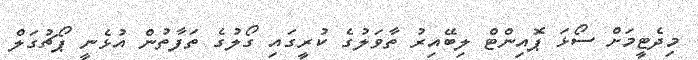
މިދެޓީމަށް ސޯޅަ ޕޮއިންޓް ލިބޭއިރު ތާވަލުގެ ކުރީގައި ގޯލުގެ ތަފާތުން އުޅެނީ ޕޯޗުގަލް